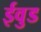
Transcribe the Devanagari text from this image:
ईवुड